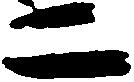
二